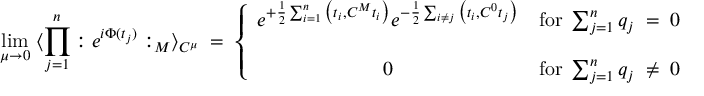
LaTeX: \operatorname * { l i m } _ { \mu \rightarrow 0 } \; \langle \prod _ { j = 1 } ^ { n } : e ^ { i \Phi ( t _ { j } ) } : _ { M } \rangle _ { C ^ { \mu } } \; = \; \left\{ \begin{array} { c c } { { e ^ { + \frac { 1 } { 2 } \sum _ { i = 1 } ^ { n } \big ( t _ { i } , C ^ { M } t _ { i } \big ) } e ^ { - \frac { 1 } { 2 } \sum _ { i \neq j } \big ( t _ { i } , C ^ { 0 } t _ { j } \big ) } } } & { { \mathrm { f o r } \; \sum _ { j = 1 } ^ { n } q _ { j } \; = \; 0 } } \\ { { \; } } & { { \; } } \\ { { 0 } } & { { \mathrm { f o r } \; \sum _ { j = 1 } ^ { n } q _ { j } \; \neq \; 0 } } \end{array} \right. \; ,